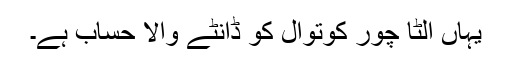
یہاں الٹا چور کوتوال کو ڈانٹے والا حساب ہے۔